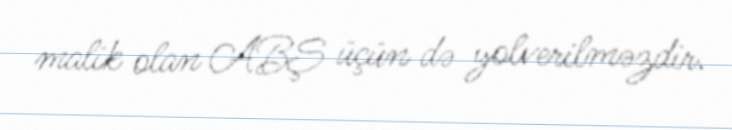
malik olan ABŞ üçün də yolverilməzdir.